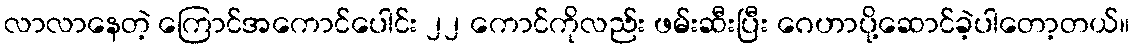
လာလာနေတဲ့ ကြောင်အကောင်ပေါင်း ၂၂ ကောင်ကိုလည်း ဖမ်းဆီးပြီး ဂေဟာပို့ဆောင်ခဲ့ပါတော့တယ်။